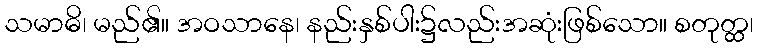
သမာဓိ၊ မည်၏။ အဝသာနေ၊ နည်းနှစ်ပါး၌လည်းအဆုံးဖြစ်သော။ စတုတ္ထ၊